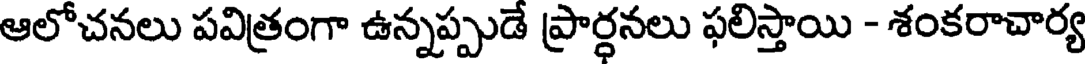
ఆలోచనలు పవిత్రంగా ఉన్నప్పుడే ప్రార్ధనలు ఫలిస్తాయి - శంకరాచార్య